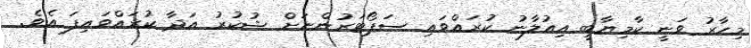
މިހާރު ވަނީ ކާމިޔާބީ އިއުލާނު ކުރައްވައި ސަޕޯޓަރުންނަށް ޝުކުރު އަދާ ކުރައްވައިފަ އެވެ.